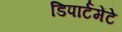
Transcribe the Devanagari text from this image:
डिपार्टमेंटे